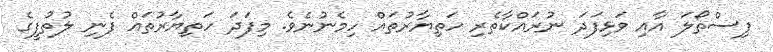
ފިސްތޯލަ އާއި ވަޅިފަދަ ނުރައްކާތެރި ހަތިޔާރުތައް ހިމެނުނެވެ. މިފަދަ ހަތިޔާރުތައް ފެނި ލުތުފީގެ